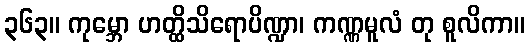
၃၆၃။ ကုမ္ဘော ဟတ္ထိသိရောပိဏ္ဍာ၊ ကဏ္ဏမူလံ တု စူလိကာ။